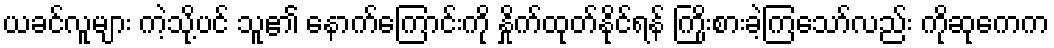
ယခင်လူများ ကဲ့သို့ပင် သူ၏ နောက်ကြောင်းကို နှိုက်ထုတ်နိုင်ရန် ကြိုးစားခဲ့ကြသော်လည်း ကိုဆုကေက